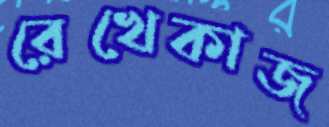
রেখেকাজ